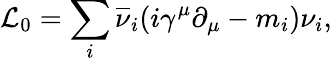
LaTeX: {\cal L}_{0}=\sum_{i}\overline{{\nu}}_{i}(i\gamma^{\mu}\partial_{\mu}-m_{i})\nu_{i},